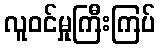
လူဝင်မှုကြီးကြပ်